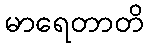
မာရေတာတိ